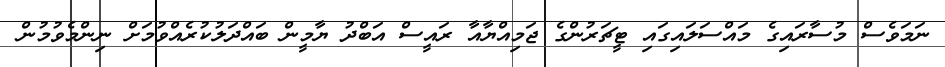
ނަމަވެސް މުސާރައިގެ މައްސަލައިގައި ޓީޗަރުންގެ ޖަމިއްޔާއާ ރައީސް އަބްދު ޔާމީން ބައްދަލުކުރެއްވުމަށް ނިންމެވުމުން